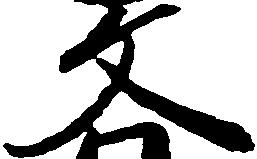
文